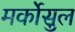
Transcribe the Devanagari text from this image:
मर्कोसुल